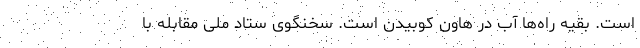
است. بقیه راه‌ها آب در هاون کوبیدن است. سخنگوی ستاد ملی مقابله با